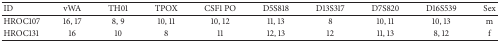
<table><thead><tr><td><b>ID</b></td><td><b>vWA</b></td><td><b>TH01</b></td><td><b>TPOX</b></td><td><b>CSF1 PO</b></td><td><b>D5S818</b></td><td><b>D13S317</b></td><td><b>D7S820</b></td><td><b>D16S539</b></td><td><b>Sex</b></td></tr></thead><tbody><tr><td>HROC107</td><td>16, 17</td><td>8, 9</td><td>10, 11</td><td>10, 12</td><td>11, 13</td><td>8</td><td>10, 11</td><td>10, 13</td><td>m</td></tr><tr><td>HROC131</td><td>16</td><td>10</td><td>8</td><td>11</td><td>12, 13</td><td>12</td><td>11, 13</td><td>8, 12</td><td>f</td></tr></tbody></table>